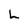
Character: L